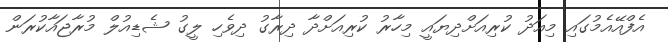
އެފްއޭއެމުގައި މިއަދު ކުރިއަށްދިޔައީ މިހާރު ކުރިއަށްދާ ދިރާގު ދިވެހި ލީގު ޝެޑިއުލް މުރާޖައާކުރަން